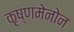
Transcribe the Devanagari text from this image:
कृष्णमेनोन